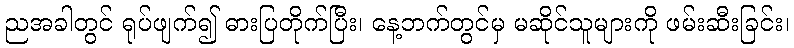
ညအခါတွင် ရုပ်ဖျက်၍ ဓားပြတိုက်ပြီး၊ နေ့ဘက်တွင်မှ မဆိုင်သူများကို ဖမ်းဆီးခြင်း၊